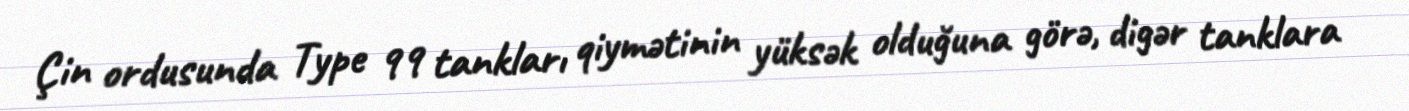
Çin ordusunda Type 99 tankları qiymətinin yüksək olduğuna görə, digər tanklara